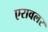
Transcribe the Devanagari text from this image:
एरावलर